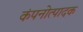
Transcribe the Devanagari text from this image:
कंपनोत्पादक